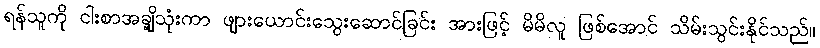
ရန်သူကို ငါးစာအချို့သုံးကာ ဖျားယောင်းသွေးဆောင်ခြင်း အားဖြင့် မိမိလူ ဖြစ်အောင် သိမ်းသွင်းနိုင်သည်။